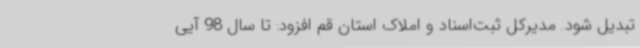
تبدیل شود. مدیرکل ثبت‌اسناد و املاک استان قم افزود: تا سال 98 آیی